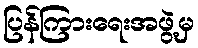
ပြန်ကြားရေးအဖွဲ့မှ